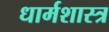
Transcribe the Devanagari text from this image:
धार्मशास्त्र